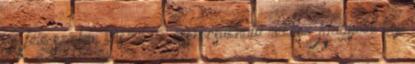
3 féle színben készül az összecsukható rekesz Nagyobb kép